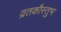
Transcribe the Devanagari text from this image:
व्रतकौस्तुभ